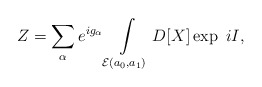
\begin{align*}Z = \sum\limits_{\alpha}e^{ig_{\alpha}} \int\limits_{{\cal E}(a_0,a_1)} D[X]\exp\ iI,\end{align*}